Indian journal of veterinary science and animal husbandry - Volume 14,
Year: 1944
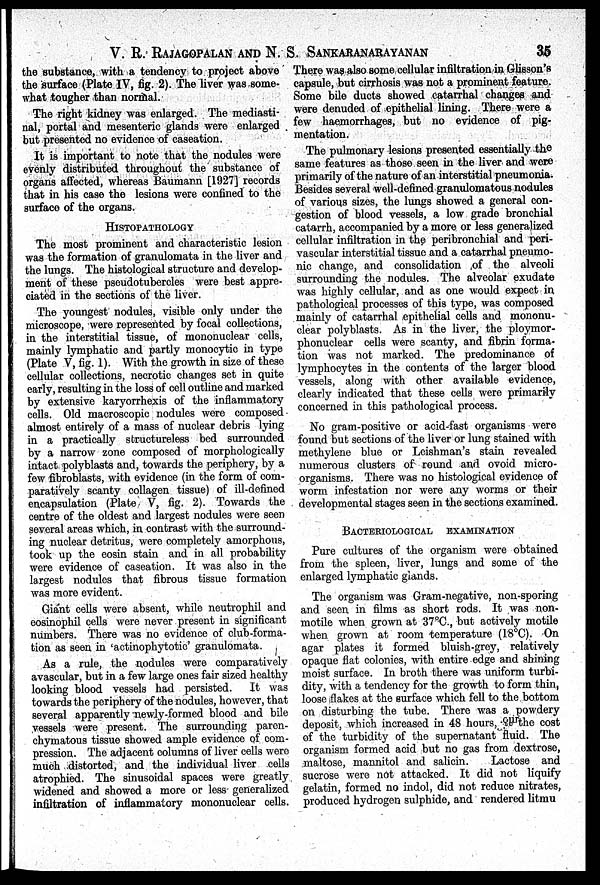
V. R. RAJAGOPALAN AND N. S. SANKARANARAYANAN 35
the substance, with a tendency to project above
the surface (Plate IV, fig. 2). The liver was some-
what tougher than normal.
The right kidney was enlarged. The mediasti-
nal, portal and mesenteric glands were enlarged
but presented no evidence of caseation.
It is important to note that the nodules were
evenly distributed throughout the substance of
organs affected, whereas Baumann [1927] records
that in his case the lesions were confined to the
surface of the organs.
HISTOPATHOLOGY
The most prominent and characteristic lesion
was the formation of granulomata in the liver and
the lungs. The histological structure and develop-
ment of these pseudotubercles were best appre-
ciated in the sections of the liver.
The youngest nodules, visible only under the
microscope, were represented by focal collections,
in the interstitial tissue, of mononuclear cells,
mainly lymphatic and partly monocytic in type
(Plate V, fig. 1). With the growth in size of these
cellular collections, necrotic changes set in quite
early, resulting in the loss of cell outline and marked
by extensive karyorrhexis of the inflammatory
cells. Old macroscopic nodules were composed
almost entirely of a mass of nuclear debris lying
in a practically structureless bed surrounded
by a narrow zone composed of morphologically
intact polyblasts and, towards the periphery, by a
few fibroblasts, with evidence (in the form of com-
paratively scanty collagen tissue) of ill-defined
encapsulation (Plate V, fig. 2). Towards the
centre of the oldest and largest nodules were seen
several areas which, in contrast with the surround-
ing nuclear detritus, were completely amorphous,
took up the eosin stain and in all probability
were evidence of caseation. It was also in the
largest nodules that fibrous tissue formation
was more evident.
Giant cells were absent, while neutrophil and
eosinophil cells were never present in significant
numbers. There was no evidence of club-forma-
tion as seen in 'actinophytotic' granulomata.
As a rule, the nodules were comparatively
avascular, but in a few large ones fair sized healthy
looking blood vessels had persisted.
It was
towards the periphery of the nodules, however, that
several apparently newly-formed blood and bile
vessels were present. The surrounding paren-
chymatous tissue showed ample evidence of com-
pression. The adjacent columns of liver cells were
much distorted, and the individual liver cells
atrophied. The sinusoidal spaces were greatly
widened and showed a more or less generalized
infiltration of inflammatory mononuclear cells.
There was also some cellular infiltration in Glisson's
capsule, but cirrhosis was not a prominent feature.
Some bile ducts showed catarrhal changes and
were denuded of epithelial lining. There were a
few haemorrhages, but no evidence of pig-
mentation.
The pulmonary lesions presented essentially the
same features as those seen in the liver and were
primarily of the nature of an interstitial pneumonia.
Besides several well-defined granulomatous nodules
of various sizes, the lungs showed a general con-
gestion of blood vessels, a low grade bronchial
catarrh, accompanied by a more or less generalized
cellular infiltration in the peribronchial and peri-
vascular interstitial tissue and a catarrhal pneumo-
nic change, and consolidation of the alveoli
surrounding the nodules. The alveolar exudate
was highly cellular, and as one would expect in
pathological processes of this type, was composed
mainly of catarrhal epithelial cells and mononu-
clear polyblasts. As in the liver, the ploymor-
phonuclear cells were scanty, and fibrin forma-
tion was not marked. The predominance of
lymphocytes in the contents of the larger blood
vessels, along with other available evidence,
clearly indicated that these cells were primarily
concerned in this pathological process.
No gram-positive or acid-fast organisms were
found but sections of the liver or lung stained with
methylene blue or Leishman's stain revealed
numerous clusters of round and ovoid micro-
organisms. There was no histological evidence of
worm infestation nor were any worms or their
developmental stages seen in the sections examined.
BACTERIOLOGICAL EXAMINATION
Pure cultures of the organism were obtained
from the spleen, liver, lungs and some of the
enlarged lymphatic glands.
The organism was Gram-negative, non-sporing
and seen in films as short rods. It was non-
motile when grown at 37°C., but actively motile
when grown at room temperature (18°C). On
agar plates it formed bluish-grey, relatively
opaque flat colonies, with entire edge and shining
moist surface. In broth there was uniform turbi-
dity, with a tendency for the growth to form thin,
loose flakes at the surface which fell to the bottom
on disturbing the tube. There was a powdery
deposit, which increased in 48 hours, our the cost
of the turbidity of the supernatant fluid. The
organism formed acid but no gas from dextrose,
maltose, mannitol and salicin.
Lactose and
sucrose were not attacked. It did not liquify
gelatin, formed no indol, did not reduce nitrates,
produced hydrogen sulphide, and rendered litmu